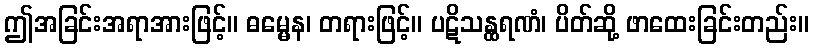
ဤအခြင်းအရာအားဖြင့်။ ဓမ္မေန၊ တရားဖြင့်။ ပဋိသန္ထရဏံ၊ ပိတ်ဆို့ ဖာထေးခြင်းတည်း။